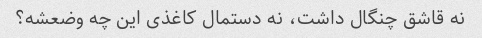
نه قاشق چنگال داشت، نه دستمال کاغذی این چه وضعشه؟